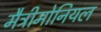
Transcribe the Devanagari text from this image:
मैट्रीमोनियल